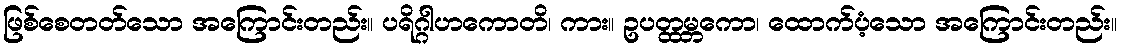
ဖြစ်စေတတ်သော အကြောင်းတည်း။ ပရိဂ္ဂါဟကောတိ၊ ကား။ ဥပတ္ထမ္ဘကော၊ ထောက်ပံ့သော အကြောင်းတည်း။